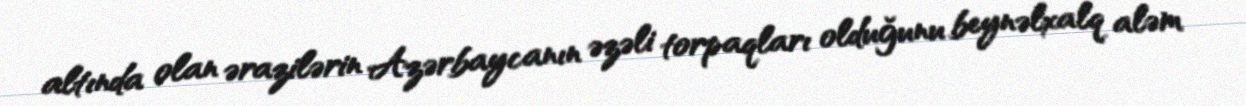
altında olan ərazilərin Azərbaycanın əzəli torpaqları olduğunu beynəlxalq aləm